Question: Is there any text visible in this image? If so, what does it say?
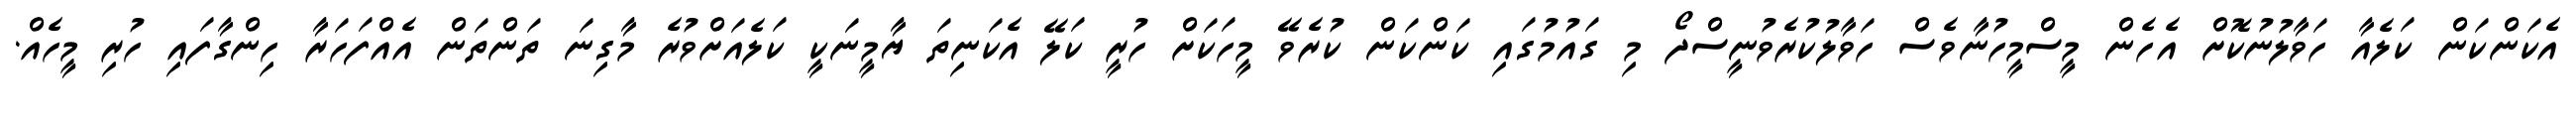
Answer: އެކަންކަން ކަލެއާ ހަވާލުނުކޮށް އެހެން މީސްމީހުނާވެސް ހަވާލުކުރެވުނީސްދޯ މި ގައުމުގައި ކަންކަން ކުރެވޭ މީހަކަށް ހުރީ ކަލޭ އެކަނިތަ ޔާމީނަކީ ކަލެއަށްވުރެ މާގިނަ ތަންތަން އެއްފަހަރާ ހިންގާފައި ހުރި މީހެއް.